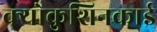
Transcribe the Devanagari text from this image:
क्योकुशिनकाई